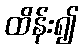
ထိန်း၍